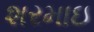
શરમાઇ